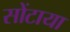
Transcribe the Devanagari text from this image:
सोंटाया